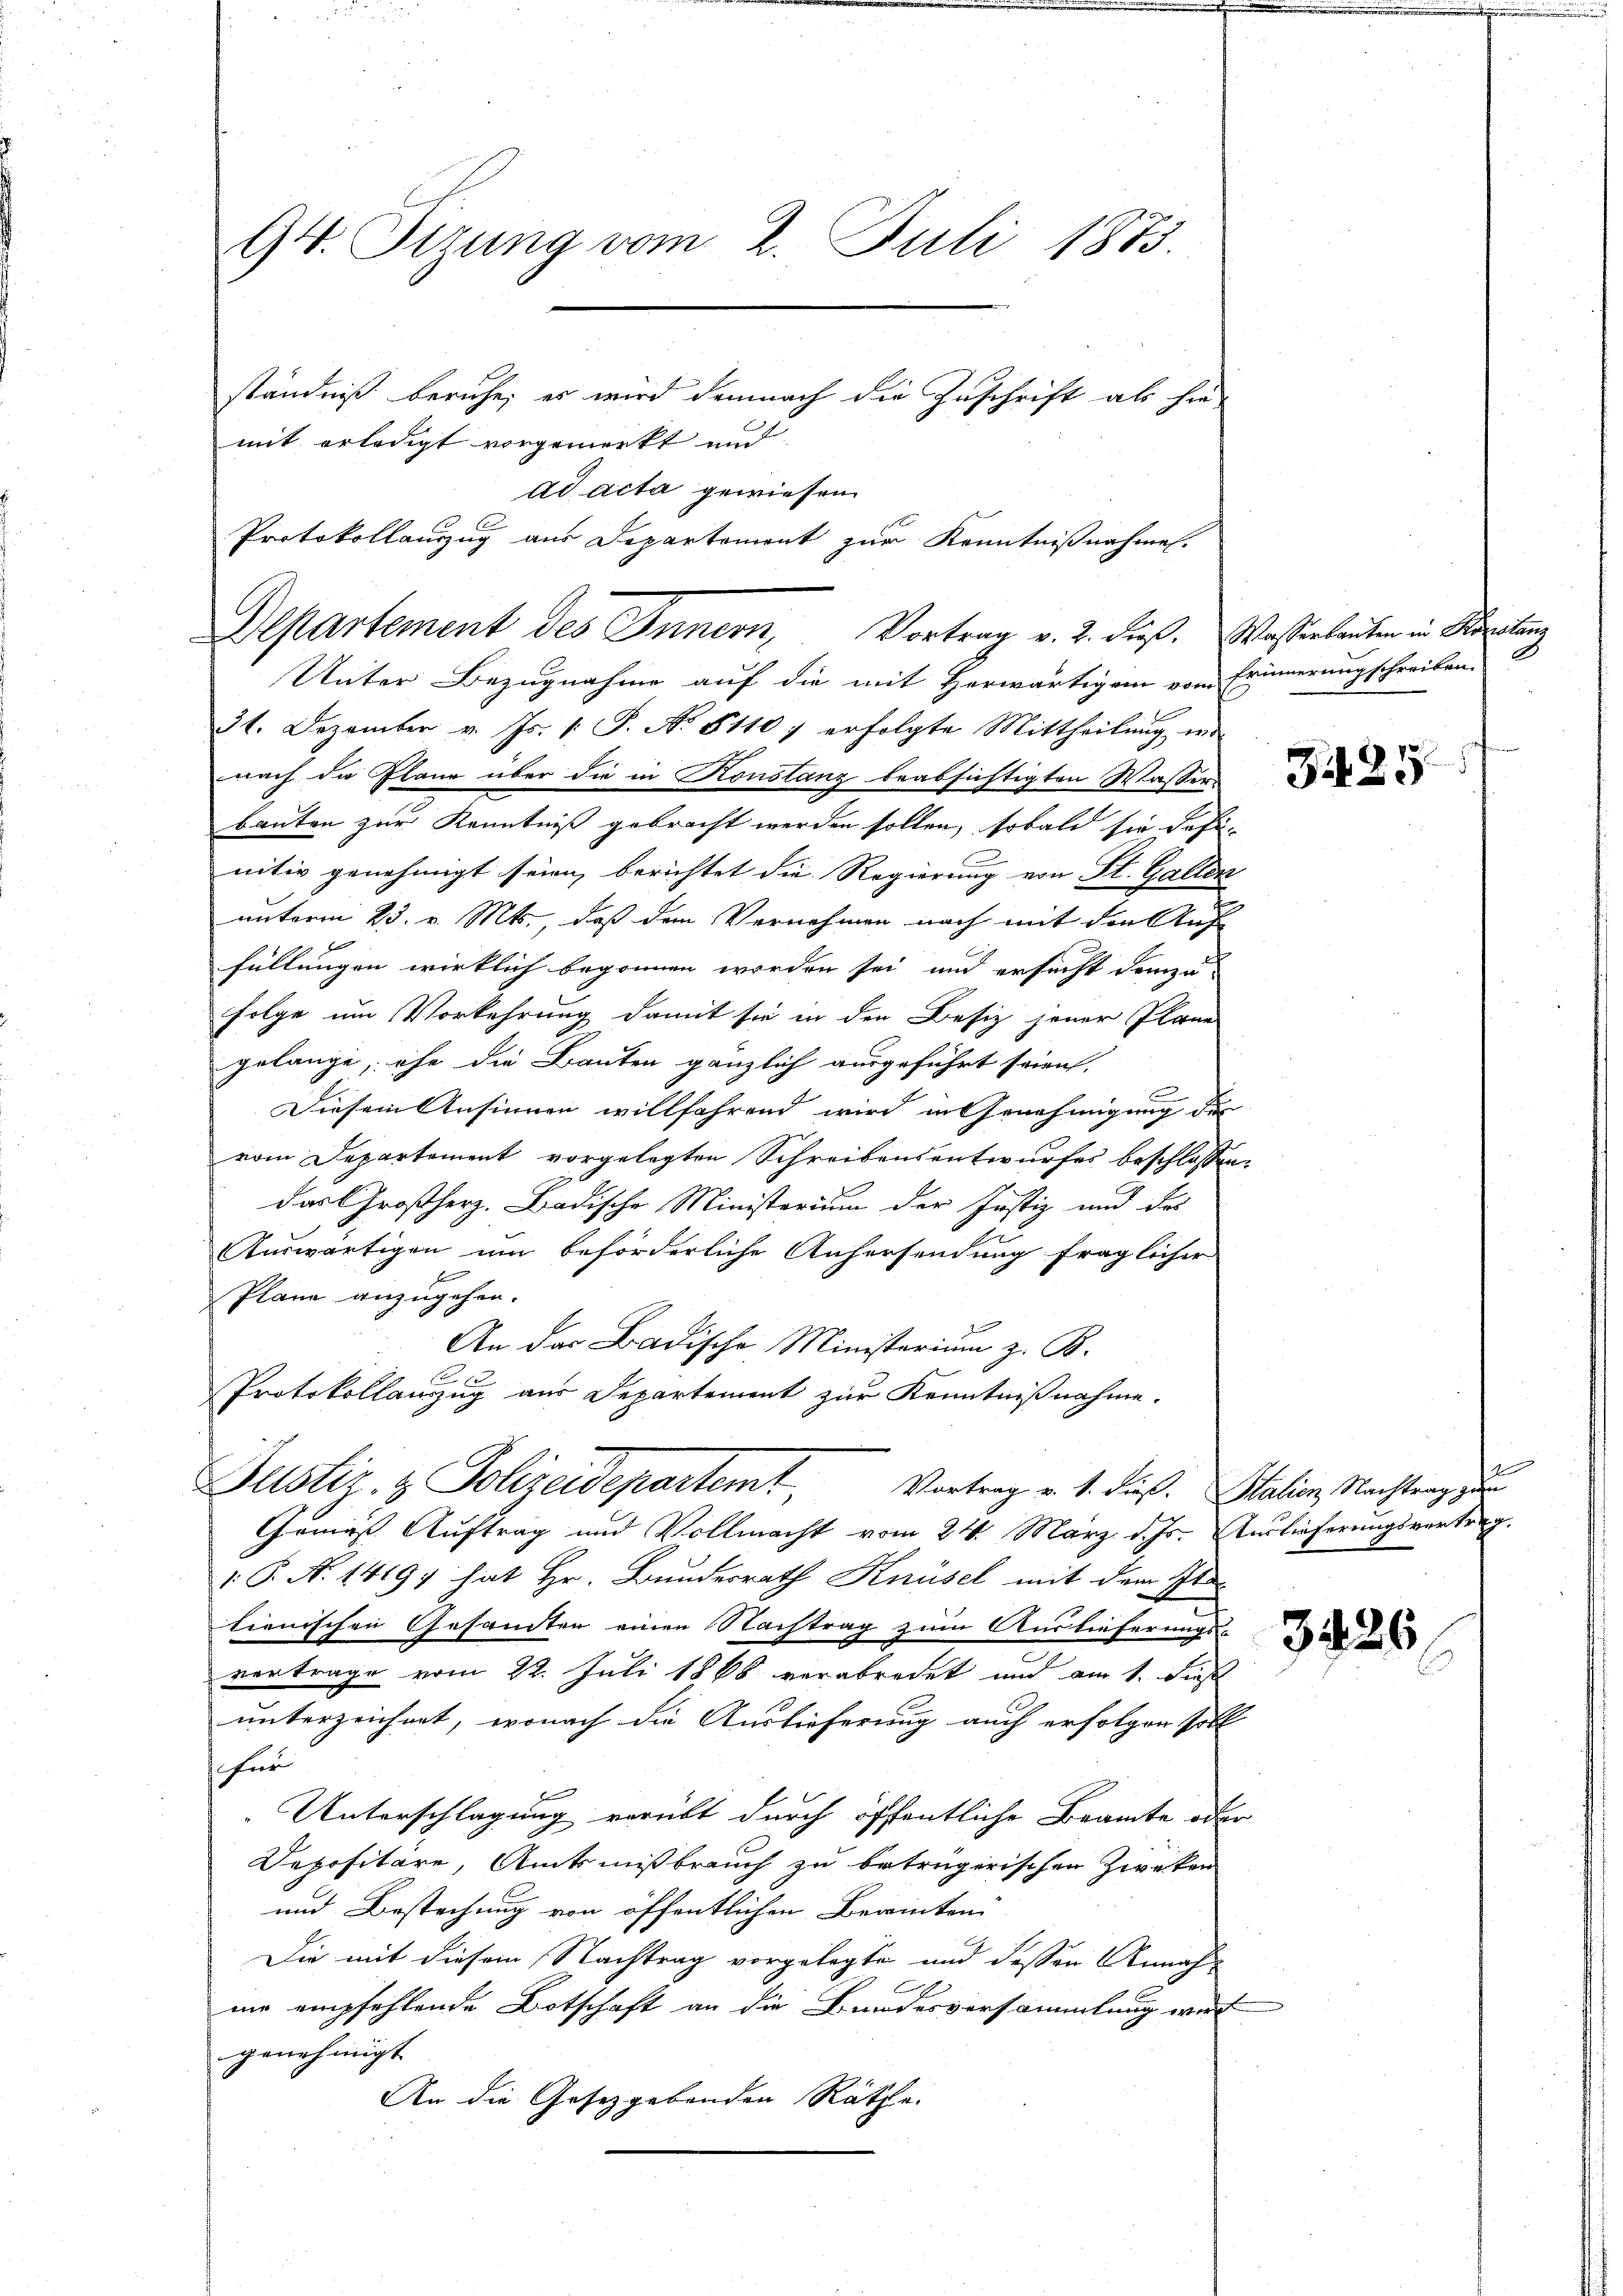
94. Sizung vom 2. Juli 1873.
ständniß beruhe; es wird demnach die Zuschrift als hie
mit erledigt vorgemerkt und

Departement des Innern, Vortrag v. 2. dieß. Wasserlauten in Kandlun

ad acta gewiesen
Protokollauszug aus Departemont zur Kenntnißnahmen.

Unter Bezugnahme auf die mit Herwärtigen vom Erinnerung schreiben
31. Dezember v. Js. v. J. No. 51107 erfolgte Mittheilung in
nach die Pläne über die in Konstanz beabsichtigten Wassen-
bauten zur Kenntniß gebracht werden sollen, sobald sie dahi
nitiv genehmigt seien, berichtet die Regierung von St. Gallen
unterm 25. v. Mts., daß den Vernehmen nach mit der Auf
füllungen wirklich begonnen worden sei, und ersucht demzu
folge um Vorkehrung damit sie in den Besiz jener Plane
gelange, ehe die Bauten gänzlich ausgeführt seien.
n
Diesem Ansinnen willfahrend wird in Genehmigung der
vom Departement vorgelegten Schreibensentwurfes beschlossen,
das Großherz. Badische Ministerium der Justiz und des
Auswärtigen um beförderliche Anhersendung fraglicher
Plane anzugehen.
An der Badische Ministerium z. B.
Protokollanzug aus Departement zur Kenntnißnahme.
Justiz- & Polizeidepartemt Vortrag v. 1. dieß. Station, Nachtung zur
Gemäß Auftrag und Vollmacht vom 24. März d. Js. Auslieferungsvertrag.
 P. N. 14197 hat Hr. Bundesrath Knüsel mit dem Sta
tienischen Gesandten einen Nachtrag zum Auslieferungs-
vertrage vom 22. Juli 1868 verabredet und am 1. Dies
unterzeichnet, wonach die Auslieferung auch erfolger Voll
für
Unterschlagung verübt durch öffentliche Beamte oder
Depositare, Amtmißbrauch zu betrügerischen Zwecken
und Bestechung von öffentlichen Beamten
Die mit diesem Nachtrag vorgelegte und dessen Annahnie empfehlende Botschaft an die Bundesversammlung wird
genehmigt |
An die Gesetzgebenden Räthe.

d

327

3426